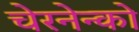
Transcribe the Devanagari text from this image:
चेरनेन्को